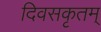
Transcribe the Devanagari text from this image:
दिवसकृतम्‌